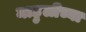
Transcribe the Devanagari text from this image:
माहुलीच्या